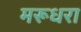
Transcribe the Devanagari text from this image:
मरूधरा